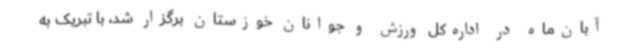
آبان‌ماه در اداره‌کل ورزش و جوانان خوزستان برگزار شد، با تبریک به